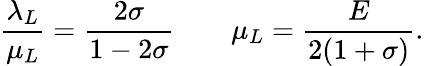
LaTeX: \frac{\lambda_{L}}{\mu_{L}}=\frac{2\sigma}{1-2\sigma}\qquad\mu_{L}=\frac{E}{2(1+\sigma)}.